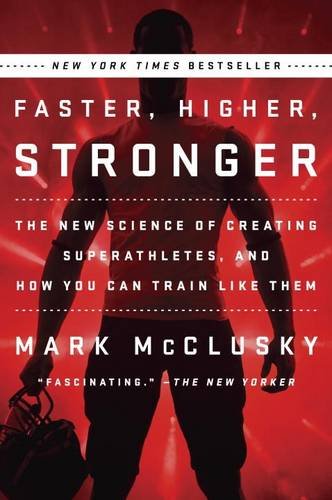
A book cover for Faster, Higher, Stronger: The New Science of Creating Superathletes, and How You Can Train Like Them; Mark McClusky; Medical Books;